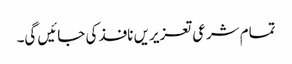
تمام شرعی تعزیریں نافذ کی جائیں گی۔